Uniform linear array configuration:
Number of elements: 48
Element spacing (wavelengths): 1
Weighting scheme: binomial
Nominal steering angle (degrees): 15
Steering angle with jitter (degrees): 15.647
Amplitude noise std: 0.05
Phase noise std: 0.05

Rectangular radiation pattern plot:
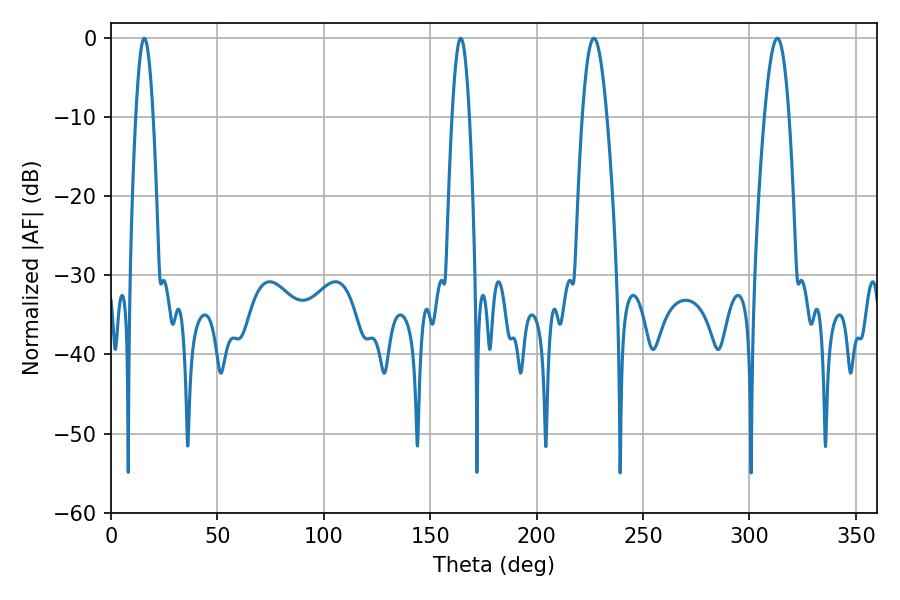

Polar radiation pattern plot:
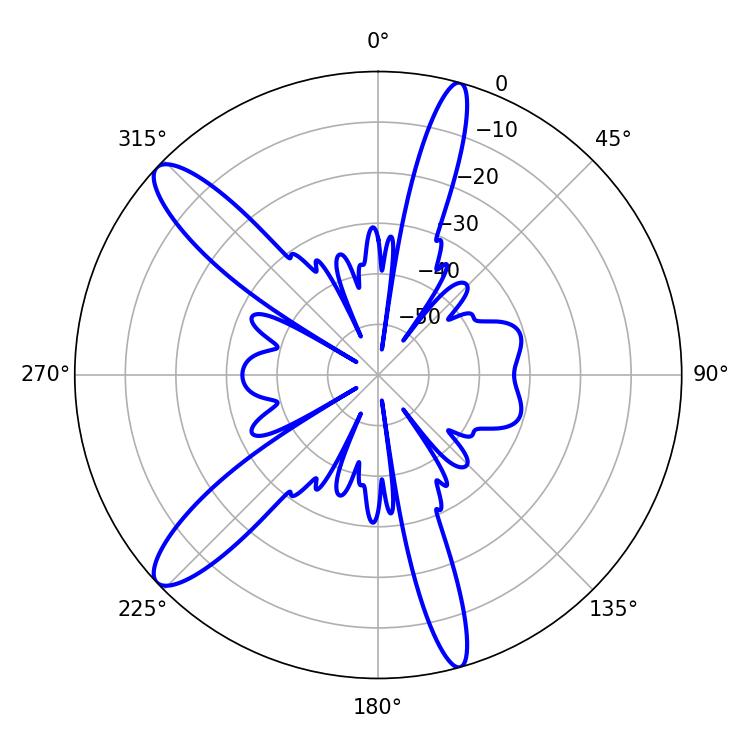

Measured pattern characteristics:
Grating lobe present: TRUE
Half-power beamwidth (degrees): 4.32
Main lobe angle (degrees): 15.66